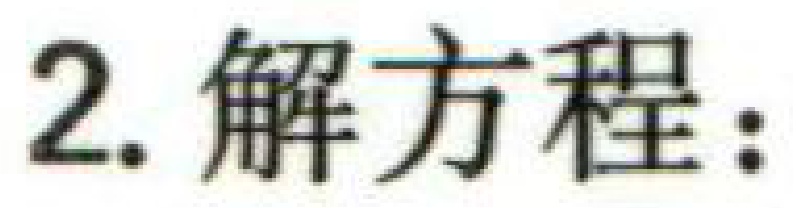
2. 解方程：